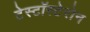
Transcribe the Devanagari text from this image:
टेस्टॉस्टेरोन